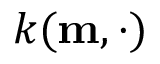
k ( \mathbf { m } , \cdot )